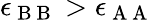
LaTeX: \epsilon_{\mathrm{~B~B~}}>\epsilon_{\mathrm{~A~A~}}